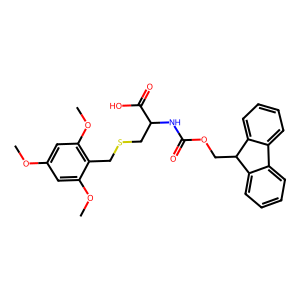
SMILES: COc1cc(OC)c(CSCC(NC(=O)OCC2c3ccccc3-c3ccccc32)C(=O)O)c(OC)c1
Inhibits HIV replication: No